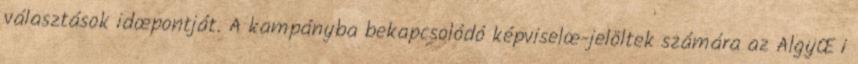
választások idœpontját. A kampányba bekapcsolódó képviselœ-jelöltek számára az AlgyŒi